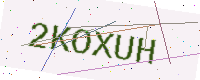
Text: 2KOXUH